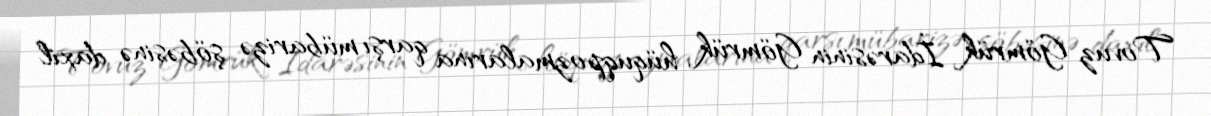
Tovuz Gömrük İdarəsinin Gömrük hüquqpozmalarına qarşı mübarizə şöbəsinə daxil